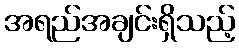
အရည်အချင်းရှိသည့်